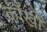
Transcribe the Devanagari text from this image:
काँखों